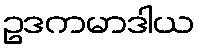
ဥဒကမာဒါယ